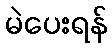
မဲပေးရန်